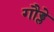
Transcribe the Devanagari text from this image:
गौड्ले